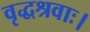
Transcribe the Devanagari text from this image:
वृद्धश्रवाः।